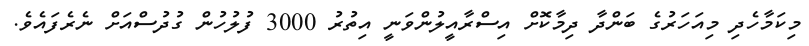
މިކަމާހެދި މިއަހަރުގެ ބަންދާ ދިމާކޮށް އިސްރާއީލުންވަނީ އިތުރު 3000 ފުލުހުން ގުދުސްއަށް ނެރެފައެވެ.